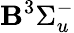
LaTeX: \mathbf{B}^{3}\Sigma_{u}^{-}